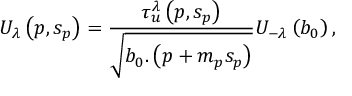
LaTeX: U _ { \lambda } \left( p , s _ { p } \right) = \frac { \tau _ { u } ^ { \lambda } \left( p , s _ { p } \right) } { \sqrt { b _ { 0 } . \left( p + m _ { p } s _ { p } \right) } } U _ { - \lambda } \left( b _ { 0 } \right) ,